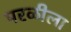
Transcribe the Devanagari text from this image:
परळीला